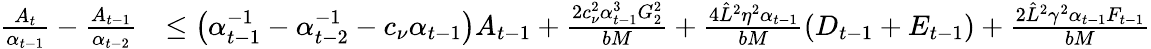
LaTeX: \begin{array}{rl}{\frac{A_{t}}{\alpha_{t-1}}-\frac{A_{t-1}}{\alpha_{t-2}}}&{\leq\left(\alpha_{t-1}^{-1}-\alpha_{t-2}^{-1}-c_{\nu}\alpha_{t-1}\right)A_{t-1}+\frac{2c_{\nu}^{2}\alpha_{t-1}^{3}G_{2}^{2}}{bM}+\frac{4\hat{L}^{2}\eta^{2}\alpha_{t-1}}{bM}(D_{t-1}+E_{t-1})+\frac{2\hat{L}^{2}\gamma^{2}\alpha_{t-1}F_{t-1}}{bM}}\end{array}